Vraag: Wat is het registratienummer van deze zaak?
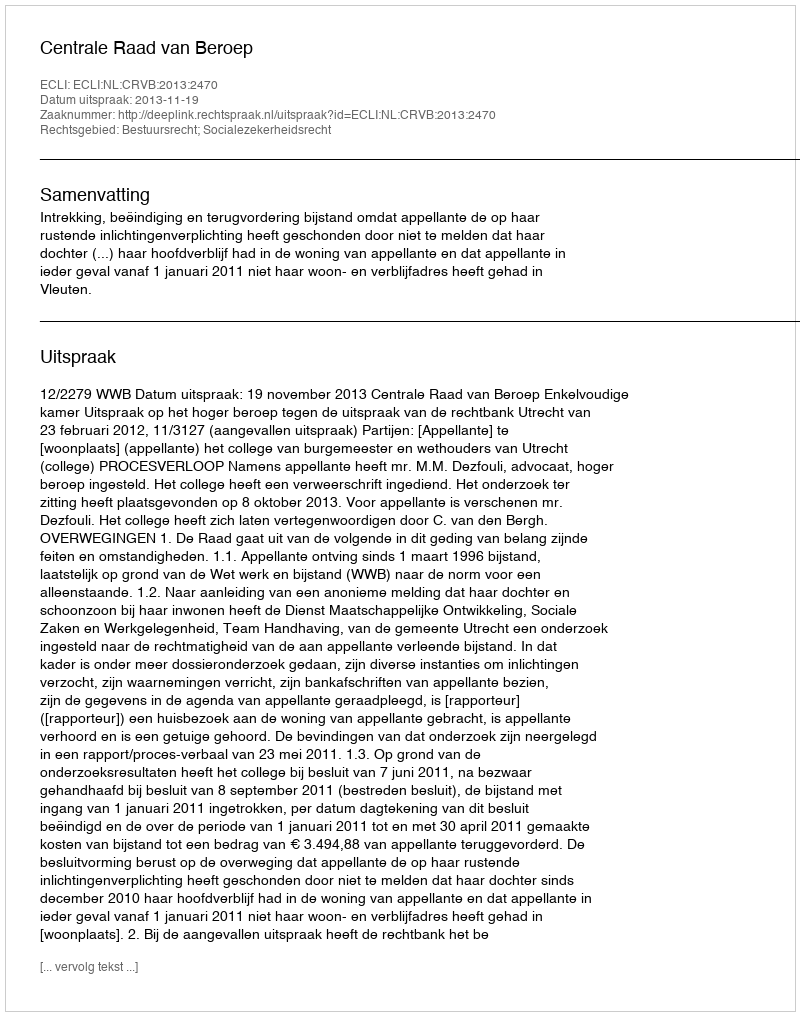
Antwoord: http://deeplink.rechtspraak.nl/uitspraak?id=ECLI:NL:CRVB:2013:2470